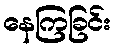
နေကြခြင်း